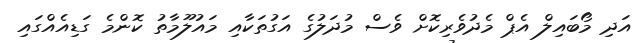
އަދި މޯބައިލް އެޕް މެދުވެރިކޮށް ވެސް މުދަލުގެ އަގުތަކާއި މައުލޫމާތު ކޮންމެ ގަޑިއެއްގައި